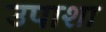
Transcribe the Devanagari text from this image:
उपाशा